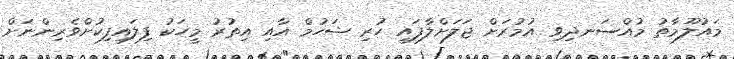
މައުލޫމާތު މުއްސަނދިވި އުމުރަށް ޖަލަށްލާފައި ހުރި ޝަހުމް އާއި އިތުރު މީހަކު ފިލައިފިކުށްވެރިންނަށް